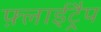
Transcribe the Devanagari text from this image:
फ़्लाईट्रैप